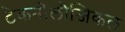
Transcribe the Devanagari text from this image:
टेकनोलौजिकल